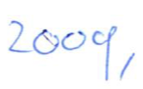
Text: 2009,
Cross-out: clean
Writing tool: ballpoint